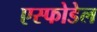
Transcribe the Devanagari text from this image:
एस्फोडेल